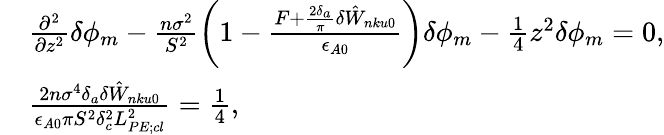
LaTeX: \begin{array}{rl}&{\frac{\partial^{2}}{\partial z^{2}}\delta\phi_{m}-\frac{n\sigma^{2}}{S^{2}}\left(1-\frac{F+\frac{2\delta_{a}}{\pi}\delta{\hat{W}}_{nku0}}{\epsilon_{A0}}\right)\delta\phi_{m}-\frac{1}{4}z^{2}\delta\phi_{m}=0,}\\ &{\frac{2n\sigma^{4}\delta_{a}\delta{\hat{W}}_{nku0}}{\epsilon_{A0}\pi S^{2}\delta_{c}^{2}L_{PE;cl}^{2}}=\frac{1}{4},}\end{array}